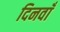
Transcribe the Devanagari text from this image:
दिनवाँ